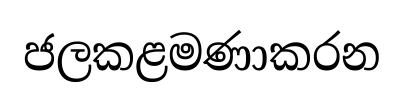
ජලකළමණාකරන